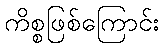
ကိစ္စဖြစ်ကြောင်း